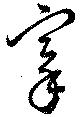
搴